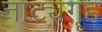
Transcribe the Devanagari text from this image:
नाट्यगॄह